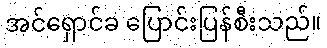
အင်ရှောင်ခ ပြောင်းပြန်စီးသည်။